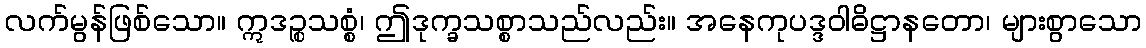
လက်မွန်ဖြစ်သော။ ဣဒဉ္စသစ္စံ၊ ဤဒုက္ခသစ္စာသည်လည်း။ အနေကုပဒ္ဒဝါဓိဋ္ဌာနတော၊ များစွာသော